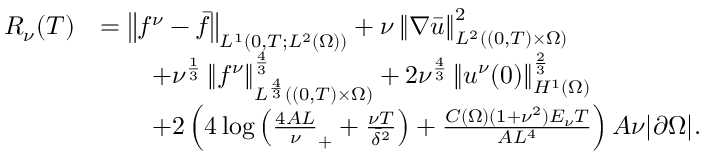
\begin{array} { r l } { R _ { \nu } ( T ) } & { = \left\lVert f ^ { \nu } - \bar { f } \right\rVert _ { L ^ { 1 } ( 0 , T ; L ^ { 2 } ( \Omega ) ) } + \nu \left\lVert \nabla \bar { u } \right\rVert _ { L ^ { 2 } ( ( 0 , T ) \times \Omega ) } ^ { 2 } } \\ & { \qquad + \nu ^ { \frac 1 3 } \left\lVert f ^ { \nu } \right\rVert _ { L ^ { \frac 4 3 } ( ( 0 , T ) \times \Omega ) } ^ { \frac 4 3 } + 2 \nu ^ { \frac 4 3 } \left\lVert u ^ { \nu } ( 0 ) \right\rVert _ { H ^ { 1 } ( \Omega ) } ^ { \frac 2 3 } } \\ & { \qquad + 2 \left( 4 \log \left( \frac { 4 A L } \nu _ { + } + \frac { \nu T } { \bar { \delta } ^ { 2 } } \right) + \frac { C ( \Omega ) ( 1 + \nu ^ { 2 } ) E _ { \nu } T } { A L ^ { 4 } } \right) A \nu | \partial \Omega | . } \end{array}